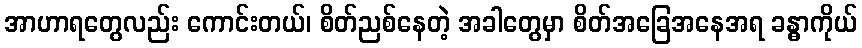
အာဟာရတွေလည်း ကောင်းတယ်၊ စိတ်ညစ်နေတဲ့ အခါတွေမှာ စိတ်အခြေအနေအရ ခန္ဓာကိုယ်